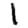
Digit: 1